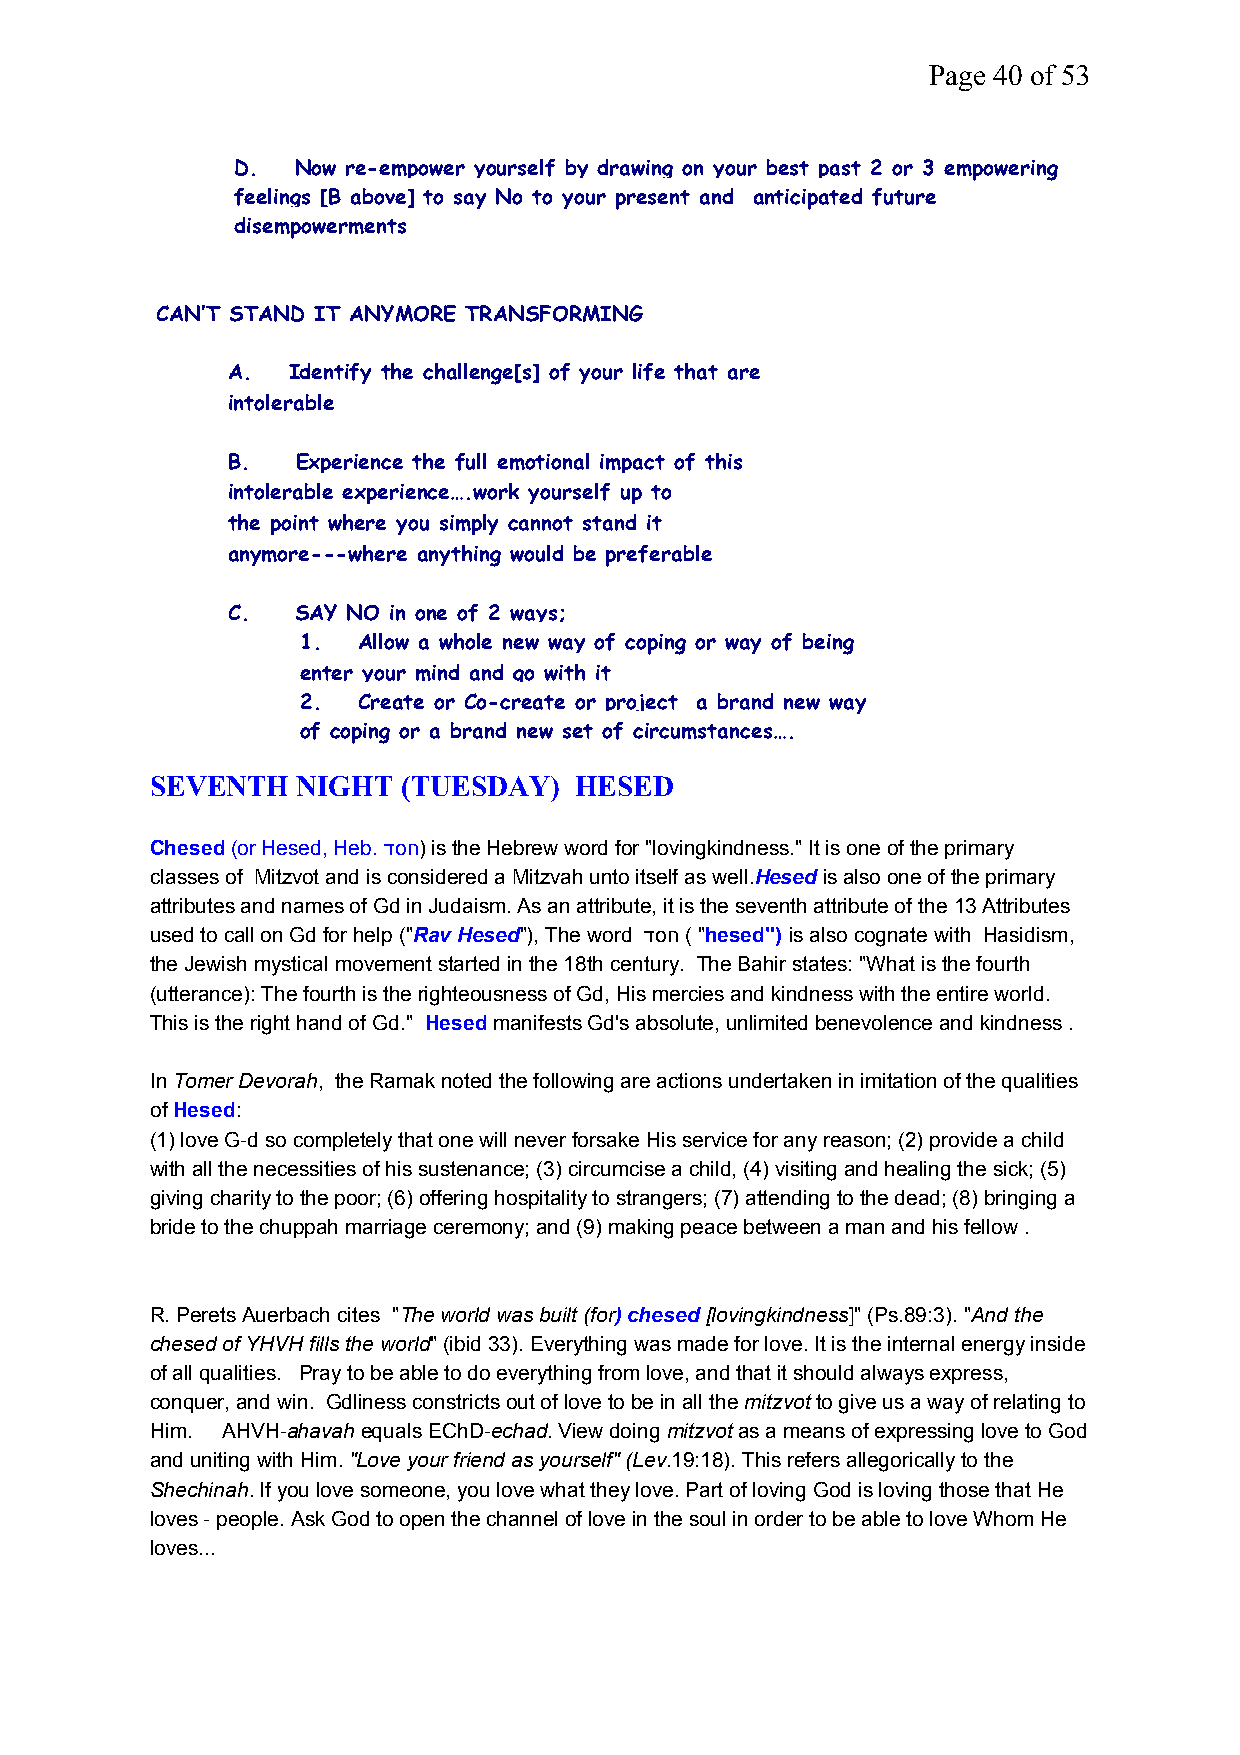
Page 40 of 53
 D.  Now re-empower yourself by drawing on your best past 2 or 3 empowering
 feelings [B above] to say No to your present and anticipated future
 disempowerments
 CAN’T STAND IT ANYMORE TRANSFORMING
 A.  Identify the challenge[s] of your life that are
 intolerable
 B.   Experience the full emotional impact of this
 intolerable experience….work yourself up to
 the point where you simply cannot stand it
 anymore---where anything would be preferable
 C.   SAY NO in one of 2 ways;
 1.  Allow a whole new way of coping or way of being
 enter your mind and go with it
 2.  Create or Co-create or project a brand new way
 of coping or a brand new set of circumstances….
 SEVENTH   NIGHT  (TUESDAY)  HESED
 Chesed(or Hesed, Heb.דסח) is the Hebrew word for "lovingkindness." It is one of the primary
 classes of Mitzvot and is considered a Mitzvah unto itself as well.Hesedis also one of the primary
 attributes and names of Gd in Judaism. As an attribute, it is the seventh attribute of the 13 Attributes
 used to call on Gd for help ("Rav Hesed"), The word דסח( "hesed") is also cognate with Hasidism,
 the Jewish mystical movement started in the 18th century. The Bahir states: "What is the fourth
 (utterance): The fourth is the righteousness of Gd, His mercies and kindness with the entire world.
 This is the right hand of Gd." Hesedmanifests Gd's absolute, unlimited benevolence and kindness .
 InTomer Devorah, the Ramak noted the following are actions undertaken in imitation of the qualities
 ofHesed:
 (1) love G-d so completely that one will never forsake His service for any reason; (2) provide a child
 with all the necessities of his sustenance; (3) circumcise a child, (4) visiting and healing the sick; (5)
 giving charity to the poor; (6) offering hospitality to strangers; (7) attending to the dead; (8) bringing a
 bride to the chuppah marriage ceremony; and (9) making peace between a man and his fellow .
 R. Perets Auerbach cites "The world was built (for) chesed [lovingkindness]" (Ps.89:3). "And the
 chesed of YHVH fills the world" (ibid 33). Everything was made for love. It is the internal energy inside
 of all qualities. Pray to be able to do everything from love, and that it should always express,
 conquer, and win. Gdliness constricts out of love to be in all themitzvotto give us a way of relating to
 Him. AHVH-ahavahequals EChD-echad. View doingmitzvotas a means of expressing love to God
 and uniting with Him."Love your friend as yourself" (Lev.19:18). This refers allegorically to the
 Shechinah. If you love someone, you love what they love. Part of loving God is loving those that He
 loves - people. Ask God to open the channel of love in the soul in order to be able to love Whom He
 loves...